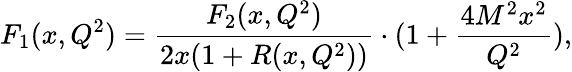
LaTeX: F_{1}(x,Q^{2})=\frac{F_{2}(x,Q^{2})}{2x(1+R(x,Q^{2}))}\cdot(1+\frac{4M^{2}x^{2}}{Q^{2}}),